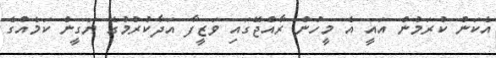
އެކަން ކުރަމުން އައީ އެ މީހުން ރާއްޖޭގައި ވަޒީފާ އަދާކުރުމުގެ ޔަގީން ކަމެއްގެ